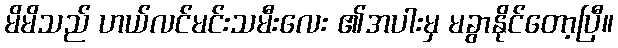
မိမိသည် ဟယ်လင်မင်းသမီးလေး ၏အပါးမှ မခွာနိုင်တော့ပြီ။